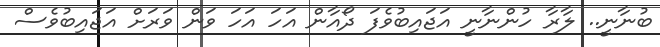
ބުނާނީ.. ލާރާ ހުންނާނީ އަޖައިބުވެފަ ދޯއާން އަހަ އަހަ ވަން ވަރަށް އަޖައިބުވެސް